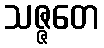
သဇ္ဇတေ